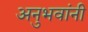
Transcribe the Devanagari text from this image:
अनुभवांनी